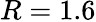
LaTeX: R=1.6